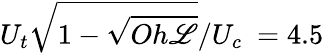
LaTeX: U_{t}\sqrt{1-\sqrt{Oh\mathscr{L}}}/U_{c}~=4.5